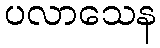
ပလာသေန